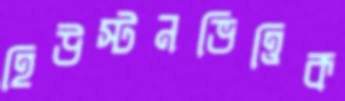
হিউস্টনভিত্তিক